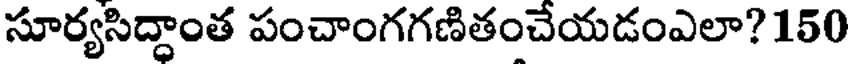
సూర్యసిద్ధాంత పంచాంగగణితంచేయడంఎలా? 150